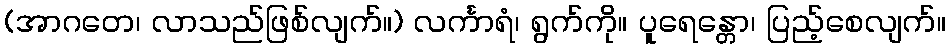
(အာဂတေ၊ လာသည်ဖြစ်လျက်။) လင်္ကာရံ၊ ရွက်ကို။ ပူရေန္တော၊ ပြည့်စေလျက်။